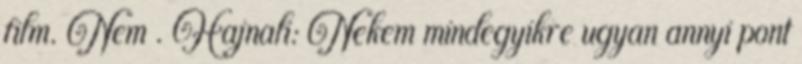
film. Nem . Hajnali: Nekem mindegyikre ugyan annyi pont